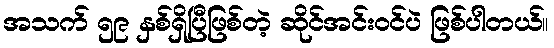
အသက် ၅၉ နှစ်ရှိပြီဖြစ်တဲ့ ဆိုင်အင်းဝင်ပဲ ဖြစ်ပါတယ်။